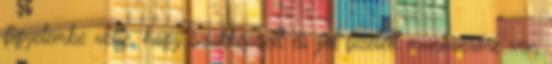
figyelembe vette, hogy szakképzett és jól fizetett munkaerőre van